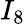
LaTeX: I_{8}